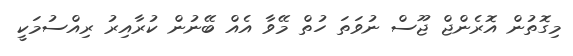
މިގޮތުން އޮރެންޖް ޖޫސް ނުވަތަ ހުތް މޭވާ އެއް ބޭނުން ކުރާއިރު ރިއްސުމަކީ